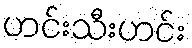
ဟင်းသီးဟင်း